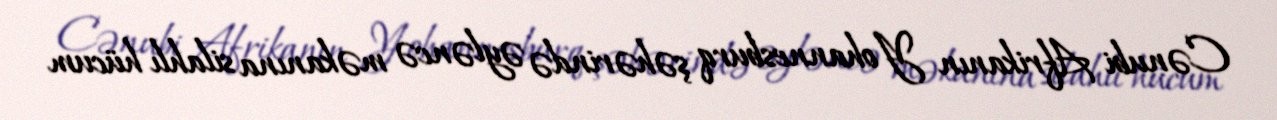
Cənubi Afrikanın Yohannesburq şəhərində əyləncə məkanına silahlı hücum